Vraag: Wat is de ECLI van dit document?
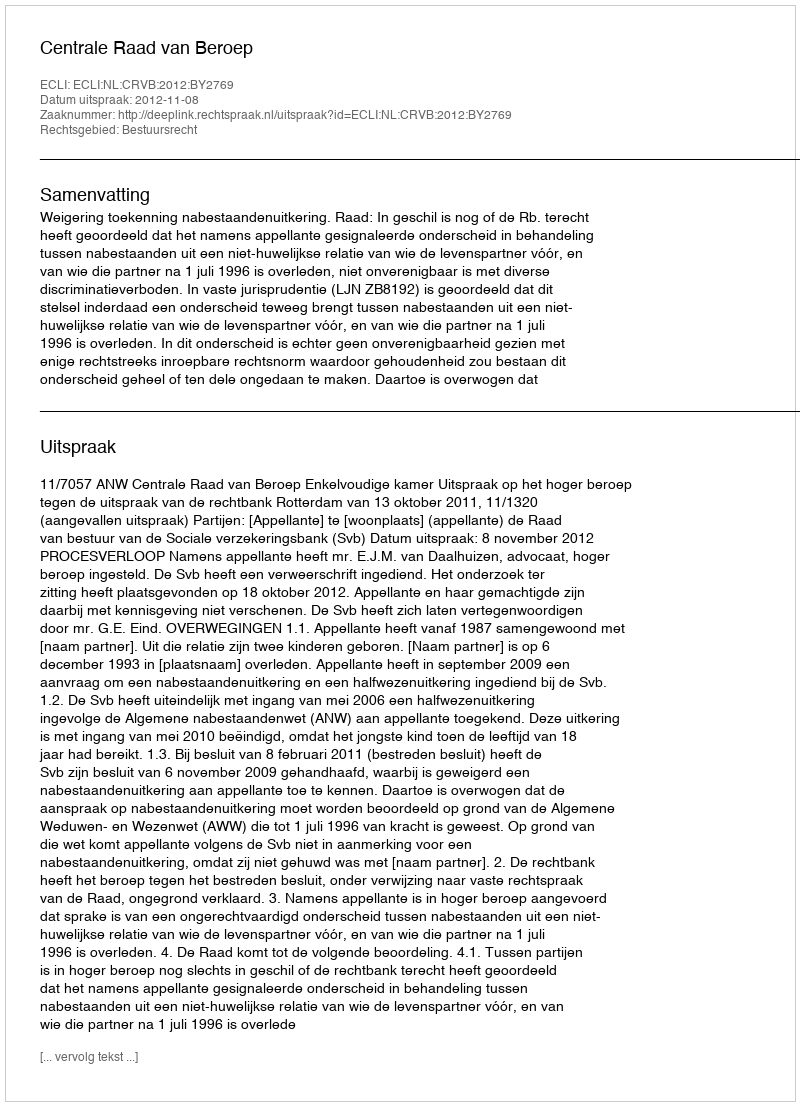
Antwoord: ECLI:NL:CRVB:2012:BY2769